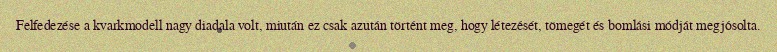
Felfedezése a kvarkmodell nagy diadala volt, miután ez csak azután történt meg, hogy létezését, tömegét és bomlási módját megjósolta.